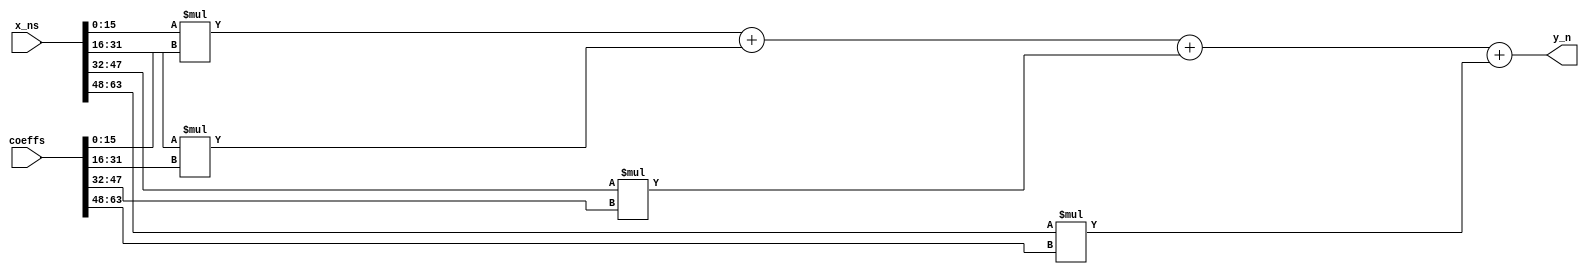
`default_nettype none

module fir #(parameter NUM_COEFF = 4, NUMBER_SIZE=16) (
    input  wire [NUM_COEFF*NUMBER_SIZE-1:0] x_ns,    // Values x[n] input for several ns
    output wire [NUMBER_SIZE-1:0] y_n,   // Value y[n] output
    input  wire [NUMBER_SIZE*NUM_COEFF-1:0] coeffs // Coeficientes del filtro
    //input  wire       ena,       // will go high when the design is enabled
    //input  wire       clk,       // clock
    //input  wire       rst_n      // reset_n - low to reset
);

wire [NUMBER_SIZE-1:0] sum1;
wire [NUMBER_SIZE-1:0] sum2;
wire [NUMBER_SIZE-1:0] sum3;
wire [NUMBER_SIZE-1:0] sum4;

assign sum1 = x_ns[NUMBER_SIZE-1:0]*coeffs[NUMBER_SIZE-1:0]; 
assign sum2 = x_ns[NUMBER_SIZE*2-1:NUMBER_SIZE]*coeffs[NUMBER_SIZE*2-1:NUMBER_SIZE];
assign sum3 = x_ns[NUMBER_SIZE*3-1:NUMBER_SIZE*2]*coeffs[NUMBER_SIZE*3-1:NUMBER_SIZE*2];
assign sum4 = x_ns[NUMBER_SIZE*4-1:NUMBER_SIZE*3]*coeffs[NUMBER_SIZE*4-1:NUMBER_SIZE*3];

assign y_n = sum1 + sum2 + sum3 + sum4;

endmodule